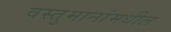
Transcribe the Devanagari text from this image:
वस्तुमानांमधील